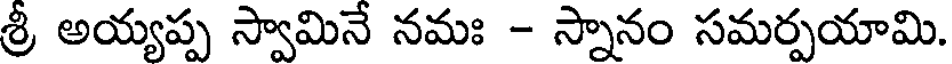
శ్రీ అయ్యప్ప స్వామినే నమః - స్నానం సమర్పయామి.